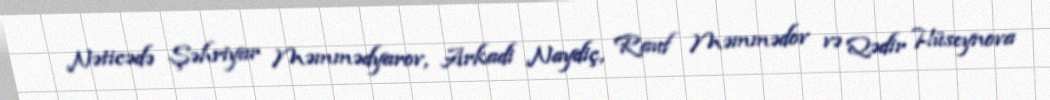
Nəticədə Şəhriyar Məmmədyarov, Arkadi Naydiç, Rauf Məmmədov və Qədir Hüseynova